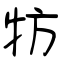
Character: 牥